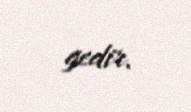
gedir.